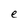
Character: e